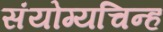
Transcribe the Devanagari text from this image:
संयोग्यचिन्ह